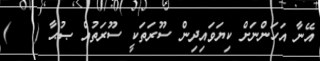
އޭނާ އަހަންނަށް ކިޔަވައިދިން ސޫރަތަކީ ސޫރަތުއް ޞުޙާ (   )